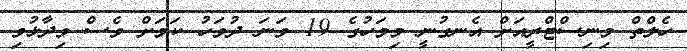
ހެލްތް މިނިސްޓްރީއަށް އެނގުނީ މިމަހުގެ 19 ވަނަ ދުވަހު ކަމަށް ވެސް ވިދާޅުވި